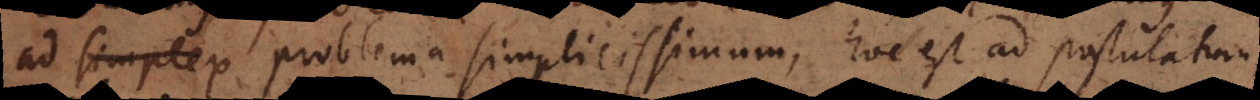
ad simplex problema simplicissimum, hoc est ad postulatum,